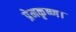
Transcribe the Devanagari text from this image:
प्रेमकृष्ण।